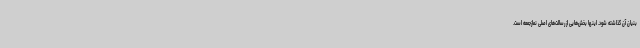
بنیان آن گذاشته شود. اینها بخش‌هایی از رسالت‌های اصلی نمازجمعه است.